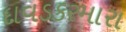
દાવડકરમારા